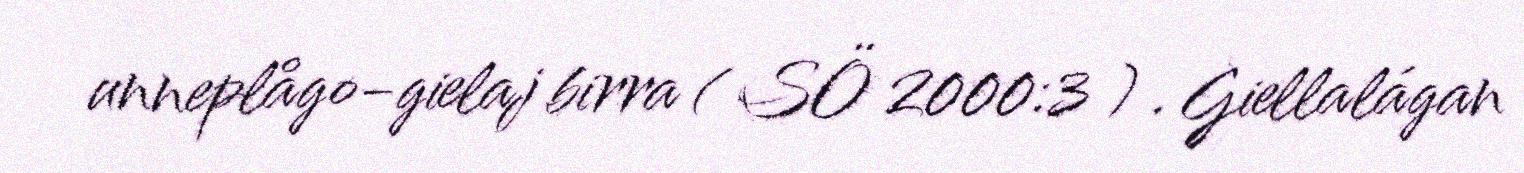
unneplågo-gielaj birra ( SÖ 2000:3 ) . Giellalágan